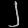
Digit: ၂